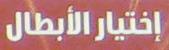
إختيارالأبطال